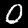
Label: 0